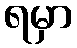
ရမှာ